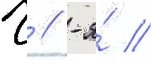
Ч // -я́ //